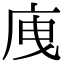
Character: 㡼